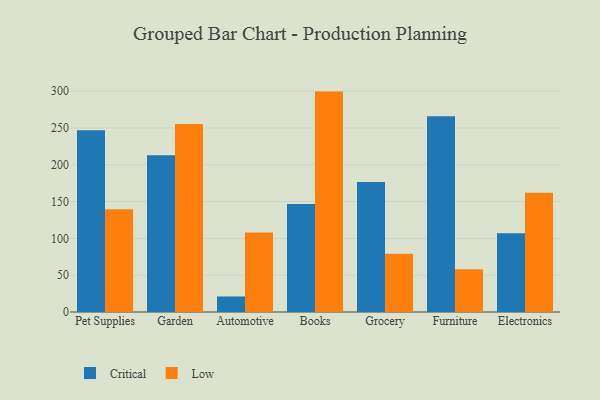
{"axis": {"x": "Category", "y": "Churn Rate (%)"}, "legend": ["Critical", "Low"], "data": [{"x": "Pet Supplies", "y": 247.0, "type": "Critical"}, {"x": "Pet Supplies", "y": 139.5, "type": "Low"}, {"x": "Garden", "y": 212.9, "type": "Critical"}, {"x": "Garden", "y": 255.6, "type": "Low"}, {"x": "Automotive", "y": 21.1, "type": "Critical"}, {"x": "Automotive", "y": 108.0, "type": "Low"}, {"x": "Books", "y": 146.6, "type": "Critical"}, {"x": "Books", "y": 299.5, "type": "Low"}, {"x": "Grocery", "y": 176.6, "type": "Critical"}, {"x": "Grocery", "y": 79.0, "type": "Low"}, {"x": "Furniture", "y": 266.0, "type": "Critical"}, {"x": "Furniture", "y": 58.2, "type": "Low"}, {"x": "Electronics", "y": 107.0, "type": "Critical"}, {"x": "Electronics", "y": 162.2, "type": "Low"}]}